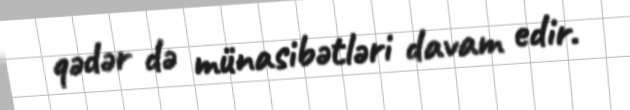
qədər də münasibətləri davam edir.